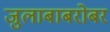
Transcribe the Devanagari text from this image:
जुलाबाबरोबर